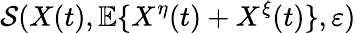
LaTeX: \mathcal{S}(X(t),\mathbb{E}\{ X^{\eta}(t)+X^{\xi}(t)\} ,\varepsilon)